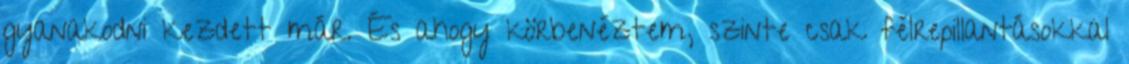
gyanakodni kezdett már. És ahogy körbenéztem, szinte csak félrepillantásokkal